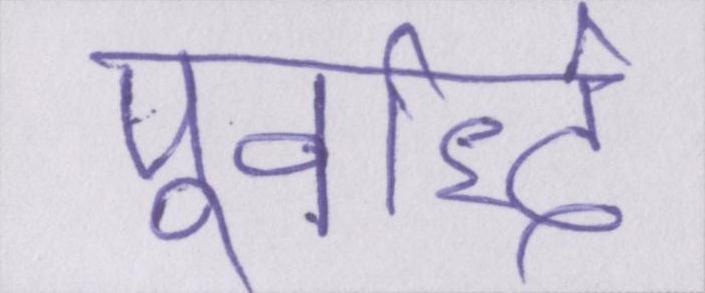
पूर्वार्द्ध